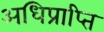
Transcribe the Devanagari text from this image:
अधिप्राप्‍ति